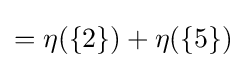
{\textstyle =\eta (\{2\})+\eta (\{5\})}